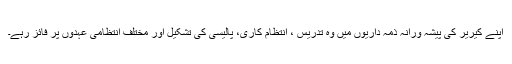
اپنے کیریر کی پیشہ ورانہ ذمہ داریوں میں وہ تدریس ، انتظام کاری، پالیسی کی تشکیل اور مختلف انتظامی عہدوں پر فائز رہے۔